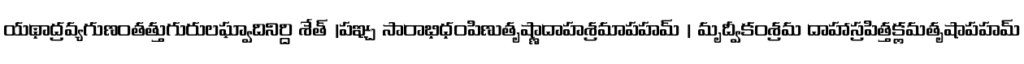
యథాద్రవ్యగుణంతత్తుగురులఘ్వాదినిర్ది శేత్ |పఞ్చ సారాభిధంపిణుతృష్ణాదాహశ్రమాపహమ్ | మృద్వీకంశ్రమ దాహాస్రపిత్తక్లమతృషాపహమ్